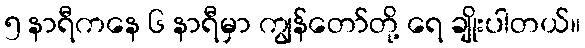
၅ နာရီကနေ ၆ နာရီမှာ ကျွန်တော်တို့ ရေ ချိုးပါတယ်။